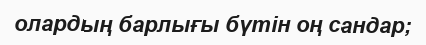
олардың барлығы бүтін оң сандар;